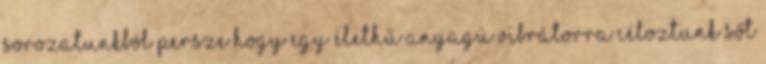
sorozatunkból Persze hogy egy élethű anyagú vibrátorra céloztunk Sőt